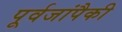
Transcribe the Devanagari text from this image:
पूर्वजांपैकी